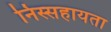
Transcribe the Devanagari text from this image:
निस्सहायता